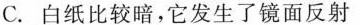
C.白纸比较暗，它发生了镜面反射